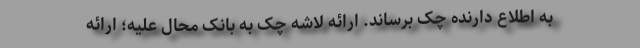
به اطلاع دارنده چک برساند. ارائه لاشه چک به بانک محال علیه؛ ارائه